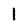
Character: l